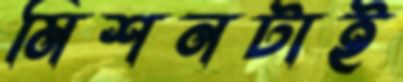
মিশনটাই